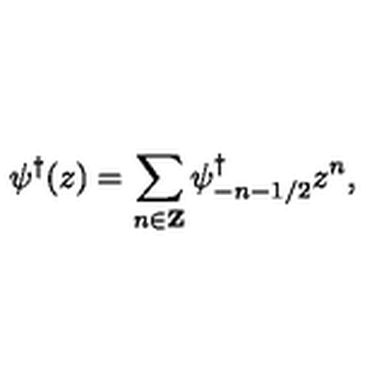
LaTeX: \psi ^ { \dagger } ( z ) = \sum _ { n \in { \bf Z } } \psi _ { - n - 1 / 2 } ^ { \dagger } z ^ { n } ,